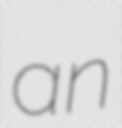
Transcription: an